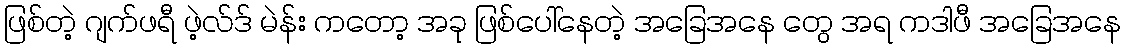
ဖြစ်တဲ့ ဂျက်ဖရီ ဖဲ့လ်ဒ် မဲန်း ကတော့ အခု ဖြစ်ပေါ်နေတဲ့ အခြေအနေ တွေ အရ ကဒါဖီ အခြေအနေ